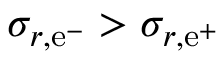
\sigma _ { r , \mathrm { e } ^ { - } } > \sigma _ { r , \mathrm { e } ^ { + } }